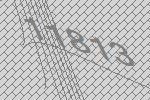
11813